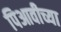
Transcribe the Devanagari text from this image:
पिआवीच्या